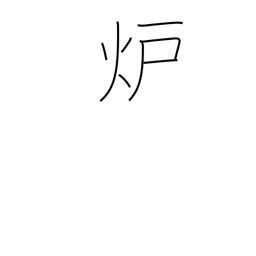
Meaning: reactor